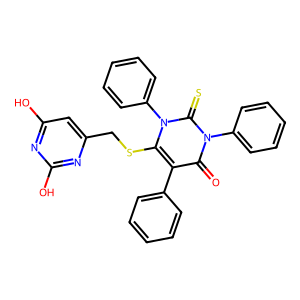
SMILES: O=c1c(-c2ccccc2)c(SCc2cc(O)nc(O)n2)n(-c2ccccc2)c(=S)n1-c1ccccc1
Inhibits HIV replication: No